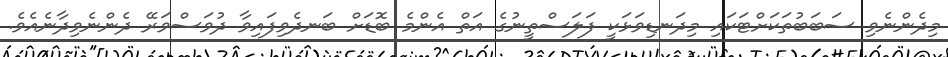
މިދެންނެވި ސަބަބުތަކަށްޓަކައި މިދަނޑިވަޅަކީ ފަލަސްތީނުގެ އަތް އެންމެ ބޮޑަށް ބަނދެވިފައިވާ ދުވަސްވަރޭ ދެންނެވިދާނެއެވެ.